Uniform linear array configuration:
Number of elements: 64
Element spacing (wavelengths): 0.75
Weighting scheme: hann
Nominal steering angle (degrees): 60
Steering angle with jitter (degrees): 58.654
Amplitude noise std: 0.05
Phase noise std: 0.05

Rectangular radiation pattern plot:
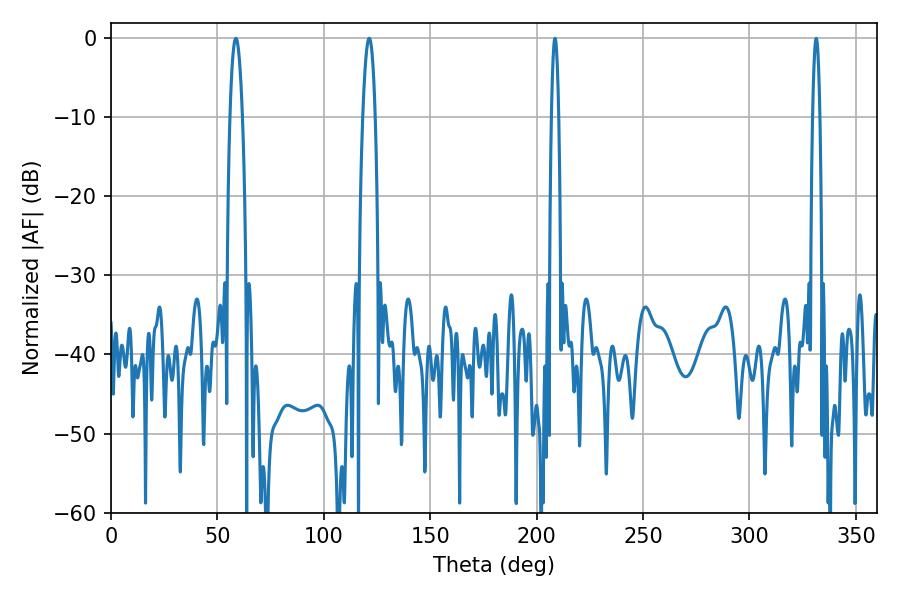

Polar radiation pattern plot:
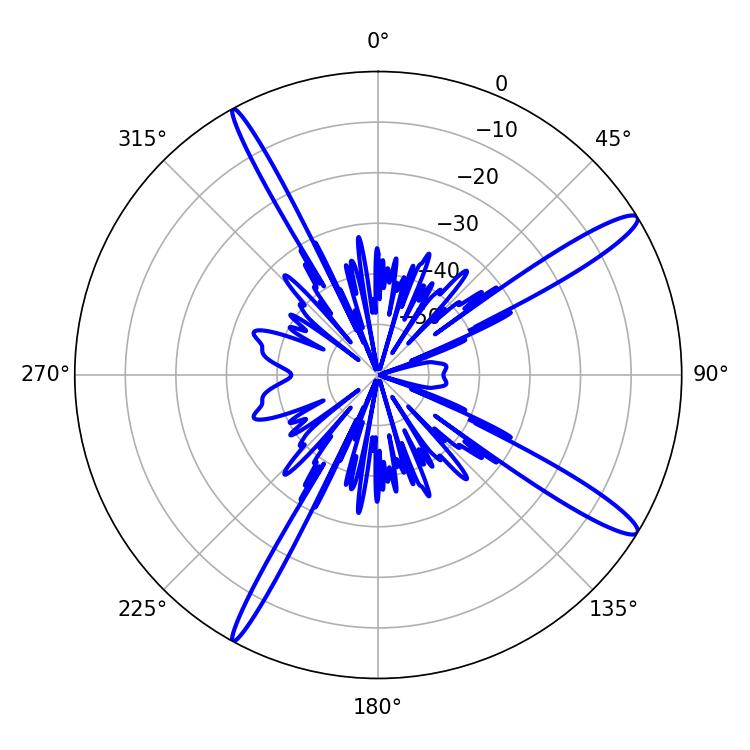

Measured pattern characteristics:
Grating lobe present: TRUE
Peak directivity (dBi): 14.565
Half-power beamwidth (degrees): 3.24
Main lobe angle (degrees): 58.68